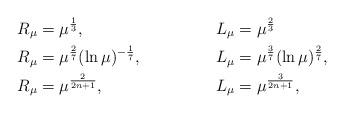
LaTeX: \begin{align*} R_{\mu} &= \mu^{\frac 13} , &&L_\mu = \mu^{\frac 23} && \\ R_{\mu} &= \mu^{\frac 27}(\ln \mu)^{-\frac{1}{7}}, &&L_\mu = \mu^{\frac37}(\ln\mu)^{\frac{2}{7}}, && \\ R_{\mu} &= \mu^{\frac{2}{2n+1}} , &&L_\mu = \mu^{\frac{3}{2n+1}}, && \end{align*}